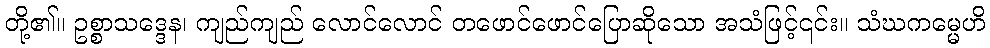
တို့၏။ ဥစ္စာသဒ္ဒေန၊ ကျည်ကျည် လောင်လောင် တဖောင်ဖောင်ပြောဆိုသော အသံဖြင့်၎င်း။ သံဃကမ္မေဟိ